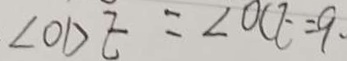
\angle O D E = \angle O C E = 9